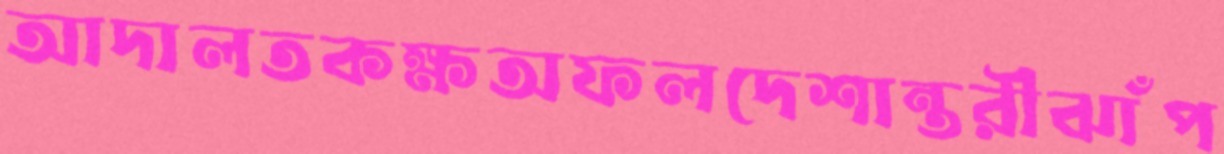
আদালতকক্ষঅফলদেশান্তরীঝাঁপ